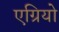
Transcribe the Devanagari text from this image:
एग्रियो